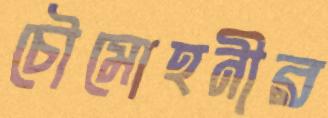
চৌমোহনীর